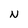
Character: N